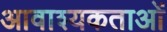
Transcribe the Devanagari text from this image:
आवाश्‍यकताओं